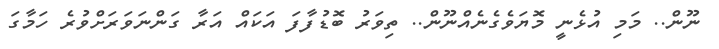
ނޫން.. މަމި އުޅެނީ މޮޔަވެގެނެއްނޫން.. ތިވަރު ބޮޑުފާފަ އަކައް އަރާ ގަންނަވަރަށްވުރެ ހަމާގަ